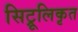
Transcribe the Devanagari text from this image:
सिट्रूलिकृत